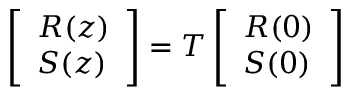
\left[ \begin{array} { l } { R ( z ) } \\ { S ( z ) } \end{array} \right] = T \left[ \begin{array} { l } { R ( 0 ) } \\ { S ( 0 ) } \end{array} \right]